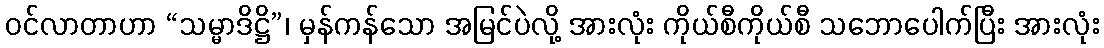
ဝင်လာတာဟာ “သမ္မာဒိဋ္ဌိ”၊ မှန်ကန်သော အမြင်ပဲလို့ အားလုံး ကိုယ်စီကိုယ်စီ သဘောပေါက်ပြီး အားလုံး